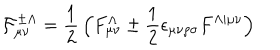
{ \cal F } _ { \mu \nu } ^ { \pm \Lambda } = { \frac { 1 } { 2 } } \, \Bigl ( F _ { \mu \nu } ^ { \Lambda } \pm { \frac { 1 } { 2 } } \epsilon _ { \mu \nu \rho \sigma } F ^ { \Lambda \vert \mu \nu } \Bigr )